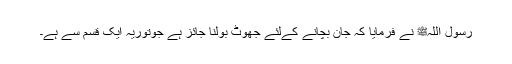
رسول اللہﷺ نے فرمایا کہ جان بچانے کےلئے جھوٹ بولنا جائز ہے جوتوریہ ایک قسم سے ہے۔